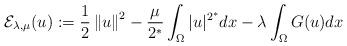
LaTeX: \begin{align*}\mathcal{E}_{\lambda,\mu}(u):=\frac{1}{2}\left\|u\right\|^2 -\frac{\mu}{2^*}\int_\Omega |u|^{2^*}dx -\lambda\int_\Omega G(u)dx\end{align*}